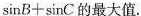
$$\sin B + \sin C$$的最大值.